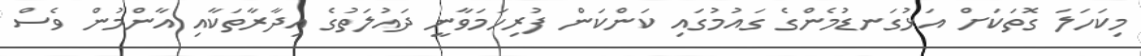
މިކަހަލަ ގޮތަކަށް އަޅުގަނޑުމެންގެ ގައުމުގައި ކަންކަން ފުރިހަމަވާނީ ދައުލަތުގެ އިދާރާތަކާއި އާންމުން ވެސް